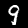
Digit: 9